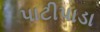
પાટીપાડા